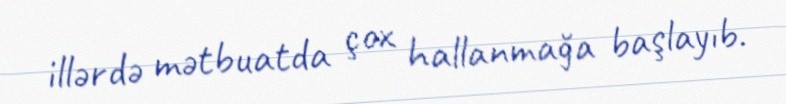
illərdə mətbuatda çox hallanmağa başlayıb.